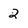
Character: 2